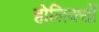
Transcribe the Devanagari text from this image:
होलिक्सों